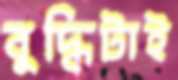
বুদ্ধিটাই